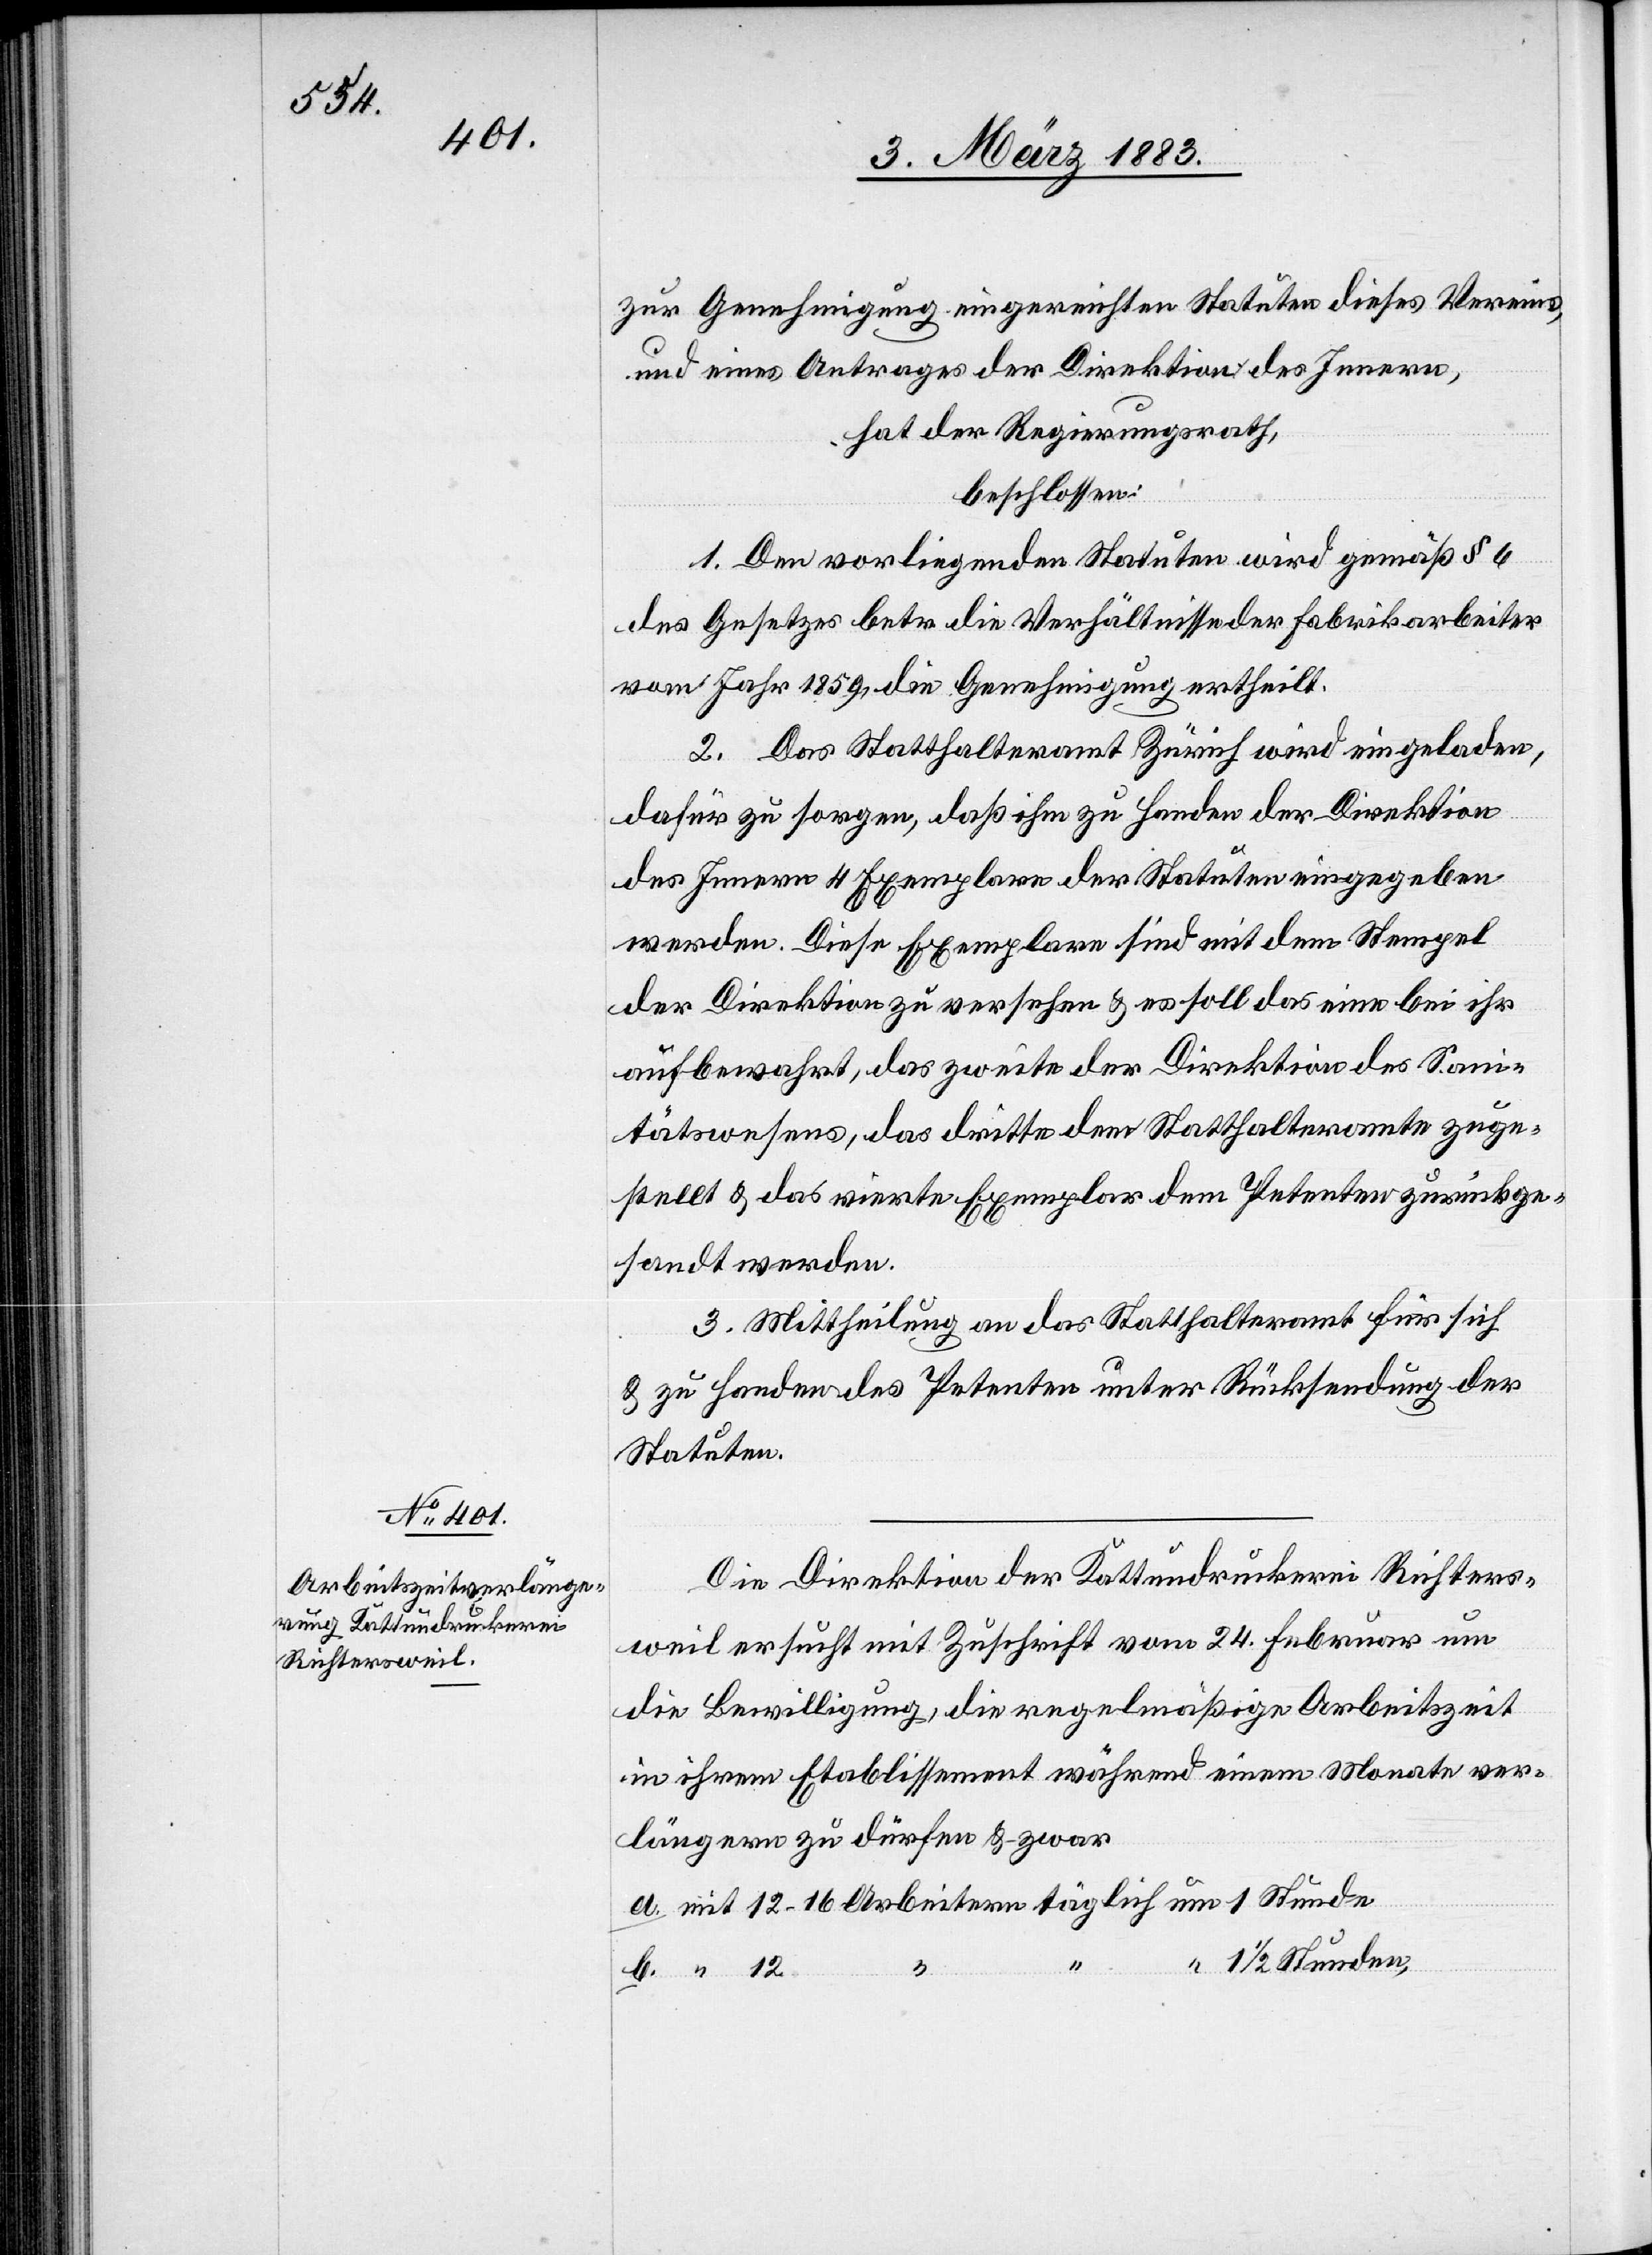
zur Genehmigung eingereichten Statuten dieses Vereins,
und eines Antrages der Direktion des Innern,
hat der Regierungsrath,
beschlossen:
1. Den vorliegenden Statuten wird gemäß § 6
des Gesetzes betr. die Verhältnisse der Fabrikarbeiter
vom Jahr 1859 die Genehmigung ertheilt.
2. Das Statthalteramt Zürich wird eingeladen,
itern
dafür zu sorgen, daß ihm zu Handen der Direktion
des Innern 4 Exemplare der Statuten eingegeben
werden. Diese Exemplare sind mit dem Stempel
der Direktion zu versehen & es soll das eine bei ihr
tätswesens, das dritte dem Statthalteramte zuge¬
stellt & das vierte Exemplar dem Petenten zurückge¬
sandt werden.
3. Mittheilung an das Statthalteramt für sich
& zu Handen des Petenten unter Rücksendung der
Statuten.
Die Direktion der Kattundruckerei Richters¬
weil ersucht mit Zuschrift vom 24. Februar um
die Bewilligung, die regelmäßige Arbeitszeit
in ihrem Etablissement während 1 Monat ver¬
längern zu dürfen & zwar
1 1/2 Stunden,
12